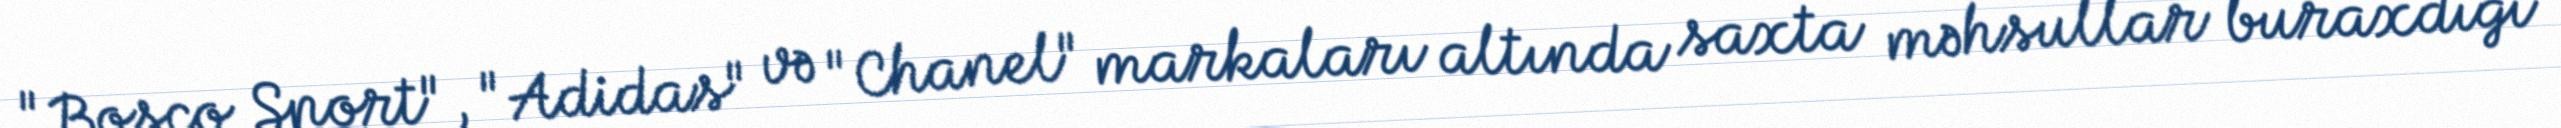
"Bosco Sport", "Adidas" və "Chanel" markaları altında saxta məhsullar buraxdığı